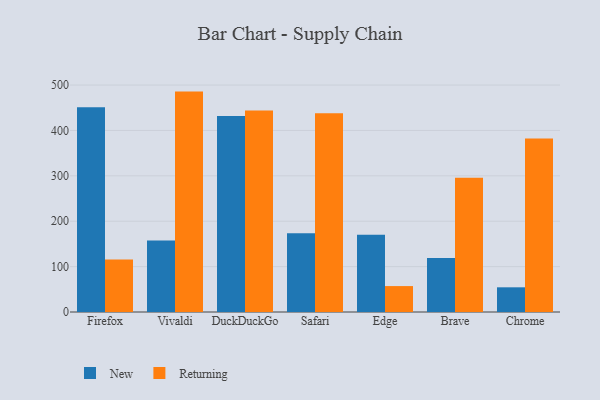
{"axis": {"x": "Browser", "y": "Population (Million)"}, "legend": ["New", "Returning"], "data": [{"x": "Firefox", "y": 451.0, "type": "New"}, {"x": "Firefox", "y": 115.6, "type": "Returning"}, {"x": "Vivaldi", "y": 157.4, "type": "New"}, {"x": "Vivaldi", "y": 485.6, "type": "Returning"}, {"x": "DuckDuckGo", "y": 432.1, "type": "New"}, {"x": "DuckDuckGo", "y": 444.1, "type": "Returning"}, {"x": "Safari", "y": 173.4, "type": "New"}, {"x": "Safari", "y": 437.9, "type": "Returning"}, {"x": "Edge", "y": 170.2, "type": "New"}, {"x": "Edge", "y": 57.1, "type": "Returning"}, {"x": "Brave", "y": 119.2, "type": "New"}, {"x": "Brave", "y": 295.9, "type": "Returning"}, {"x": "Chrome", "y": 54.4, "type": "New"}, {"x": "Chrome", "y": 382.0, "type": "Returning"}]}